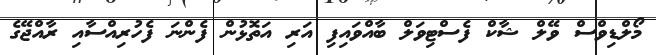
މޯލްޑިވްސް ވޭލް ޝާކް ފެސްޓިވަލް ބާއްވައިފި އަރި އަތޮޅުން ފެންނަ ފެހުރިއްސާއި ރާއްޖޭގެ